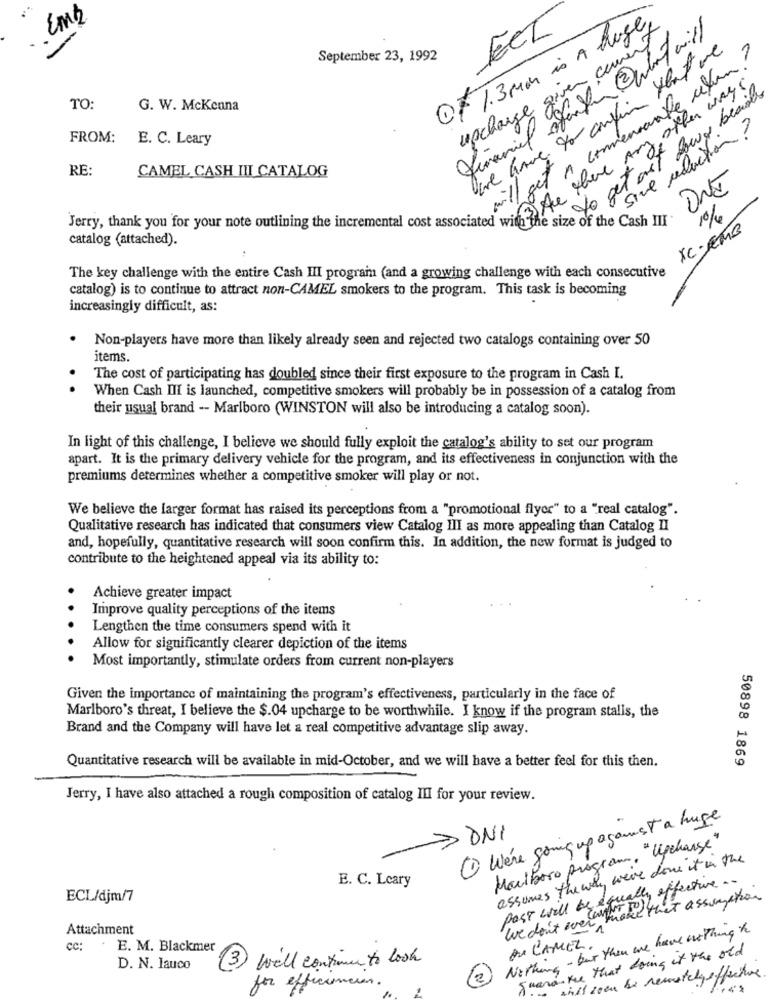
OF T.3 MM is A hugey
ECL
upcharge given courier
September 23, 1992
will get A conveniente cekun?
3 Are there Any other ways
to get out laws besides
TO:
G. W. McKenna
Sive reduction?
FROM:
E. C. Leary
RE:
CAMEL CASH III CATALOG
Jerry, thank you for your note outlining the incremental cost associated with the size of the Cash III
10%
XC-EMB
catalog (attached).
The key challenge with the entire Cash III program (and a growing challenge with each consecutive
catalog) is to continue to attract non-CAMEL smokers to the program. This task is becoming
increasingly difficult, as:
Non-players have more than likely already seen and rejected two catalogs containing over 50
items.
The cost of participating has doubled since their first exposure to the program in Cash I.
When Cash III is launched, competitive smokers will probably be in possession of a catalog from
their usual brand -- Marlboro (WINSTON will also be introducing a catalog soon).
In light of this challenge, I believe we should fully exploit the catalog's ability to set our program
apart. It is the primary delivery vehicle for the program, and its effectiveness in conjunction with the
premiums determines whether a competitive smoker will play or not.
We believe the larger format has raised its perceptions from a "promotional flyer" to a "real catalog".
Qualitative research has indicated that consumers view Catalog III as more appealing than Catalog II
and, hopefully, quantitative research will soon confirm this. In addition, the new format is judged to
contribute to the heightened appeal via its ability to:
Achieve greater impact
Improve quality perceptions of the items
Lengthen the time consumers spend with it
Allow for significantly clearer depiction of the items
Most importantly, stimulate orders from current non-players
Given the importance of maintaining the program's effectiveness, particularly in the face of
Marlboro's threat, I believe the $.04 upcharge to be worthwhile. I know if the program stalls, the
Brand and the Company will have let a real competitive advantage slip away.
50898 1869
Quantitative research will be available in mid-October, and we will have a better feel for this then.
Jerry, I have also attached a rough composition of catalog III for your review.
1 We're going up against a huge
> DNI
Marlboro program, "Upcharge"
assumes the way, were done it in the
E. C. Leary
Post will be equally effective ...
ECL/djm/7
We don't ever make that assumption
Attachment
Nothing - but then we have nothing to
cc:
E. M. Blackmer
DU CAMEL
Guarantee that doing it the old
13
will continue to look
D. N. Iauco
sint zoen be remotelyeffective
for efficiencies.